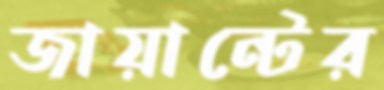
জায়ান্টের